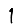
Digit: 1